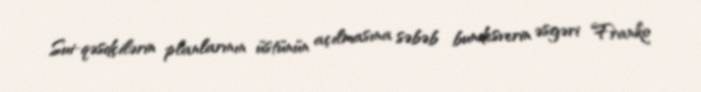
Sui-qəsdçilərin planlarının üstünün açılmasına səbəb bundesverin əsgəri Franko